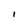
Character: l